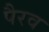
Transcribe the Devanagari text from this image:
पैरव